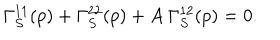
\Gamma _ { S } ^ { 1 1 } ( p ) + \Gamma _ { S } ^ { 2 2 } ( p ) + A \ \Gamma _ { S } ^ { 1 2 } ( p ) = 0 .